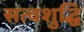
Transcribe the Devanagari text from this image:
सत्वशुद्धि